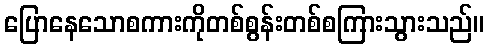
ပြောနေသောစကားကိုတစ်စွန်းတစ်စကြားသွားသည်။